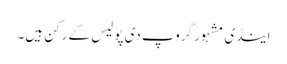
اینڈی مشہور گروپ دی پولیس کے رکن ہیں۔